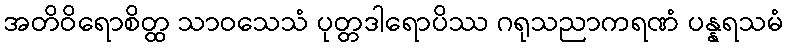
အတိဝိရောစိတ္ထ သာဝသေသံ ပုတ္တဒါရောပိဿ ဂရုသညာကရဏံ ပန္နရသမံ